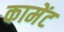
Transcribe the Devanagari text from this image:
कामेंट